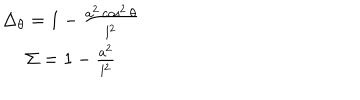
\begin{array} { c } { { \Delta _ { \theta } = 1 - \frac { a ^ { 2 } \cos ^ { 2 } \theta } { l ^ { 2 } } } } \\ { { \Sigma = 1 - \frac { a ^ { 2 } } { l ^ { 2 } } } } \\ \end{array}